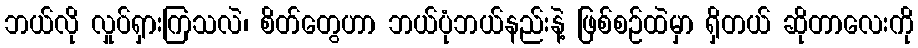
ဘယ်လို လှုပ်ရှားကြသလဲ၊ စိတ်တွေဟာ ဘယ်ပုံဘယ်နည်းနဲ့ ဖြစ်စဉ်ထဲမှာ ရှိတယ် ဆိုတာလေးကို